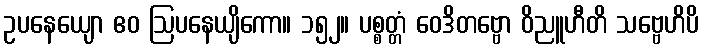
ဥပနေယျော ဧဝ ဩပနေယျိကော။ ၁၅၂။ ပစ္စတ္တံ ဝေဒိတဗ္ဗော ဝိညူဟီတိ သဗ္ဗေဟိပိ